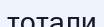
тотали